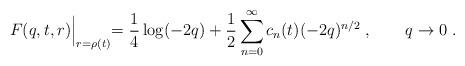
LaTeX: \begin{align*}F(q,t,r)\Bigl |_{r=\rho (t)}=\frac{1}{4}\log(-2q)+\frac{1}{2}\sum^\infty_{n=0}c_n(t)(-2q)^{n/2}\; , \qquad q\to 0\; .\end{align*}